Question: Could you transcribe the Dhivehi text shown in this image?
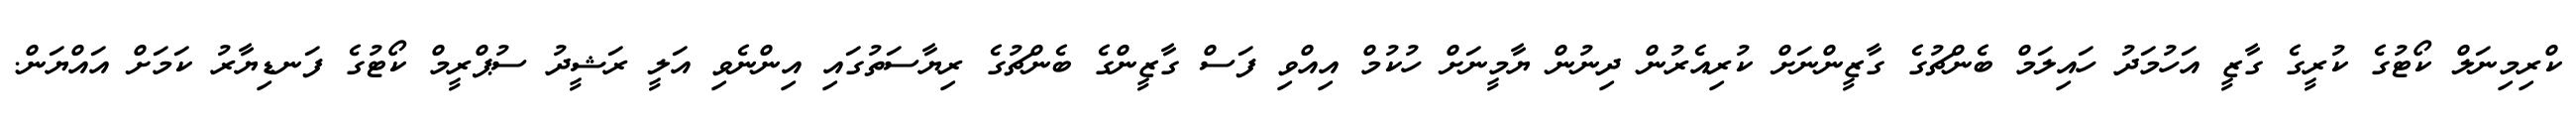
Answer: ކްރިމިނަލް ކޯޓުގެ ކުރީގެ ގާޒީ އަހުމަދު ހައިލަމް ބެންޗުގެ ގާޒީންނަށް ކުރިއެރުން ދިނުން ޔާމީނަށް ހުކުމް އިއްވި ފަސް ގާޒީންގެ ބެންޗުގެ ރިޔާސަތުގައި އިންނެވި އަލީ ރަޝީދު ސުޕްރީމް ކޯޓުގެ ފަނޑިޔާރު ކަމަށް އައްޔަން.